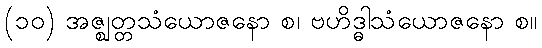
(၁၀) အဇ္ဈတ္တသံယောဇနော စ၊ ဗဟိဒ္ဓါသံယောဇနော စ။